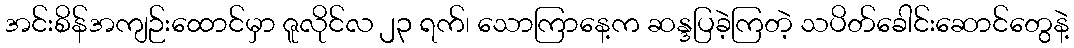
အင်းစိန်အကျဉ်းထောင်မှာ ဇူလိုင်လ ၂၃ ရက်၊ သောကြာနေ့က ဆန္ဒပြခဲ့ကြတဲ့ သပိတ်ခေါင်းဆောင်တွေနဲ့